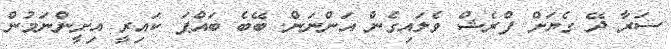
ސަރާ ދޭ ގެޔަށް ފްރެޝް ވެލައިގެން އަންނަން. ބޭބެ ބައްޕަ ކައިރީ އިށީންނަމުން